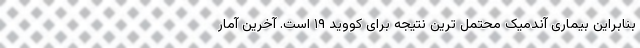
بنابراین بیماری آندمیک محتمل ترین نتیجه برای کووید ۱۹ است. آخرین آمار